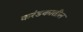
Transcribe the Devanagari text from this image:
करंडकातील